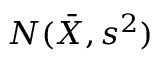
N ( { \bar { X } } , s ^ { 2 } )